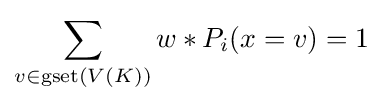
\sum _{v\in \operatorname {gset} (V(K))}w*P_{i}(x=v)=1